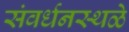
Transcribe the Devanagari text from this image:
संवर्धनस्थळे